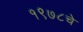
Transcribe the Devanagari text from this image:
१९७८चे